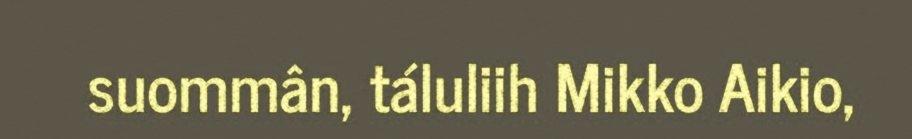
suommân, táluliih Mikko Aikio,